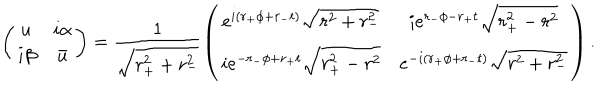
\left( \begin{array} { c c } { { u } } & { { i \alpha } } \\ { { i \beta } } & { { \bar { u } } } \\ \end{array} \right) = \frac { 1 } { \sqrt { r _ { + } ^ { 2 } + r _ { - } ^ { 2 } } } \left( \begin{array} { c c } { { e ^ { i ( r _ { + } \phi + r _ { - } t ) } \sqrt { r ^ { 2 } + r _ { - } ^ { 2 } } } } & { { i e ^ { r _ { - } \phi - r _ { + } t } \sqrt { r _ { + } ^ { 2 } - r ^ { 2 } } } } \\ { { i e ^ { - r _ { - } \phi + r _ { + } t } \sqrt { r _ { + } ^ { 2 } - r ^ { 2 } } } } & { { e ^ { - i ( r _ { + } \phi + r _ { - } t ) } \sqrt { r ^ { 2 } + r _ { - } ^ { 2 } } } } \\ \end{array} \right) .